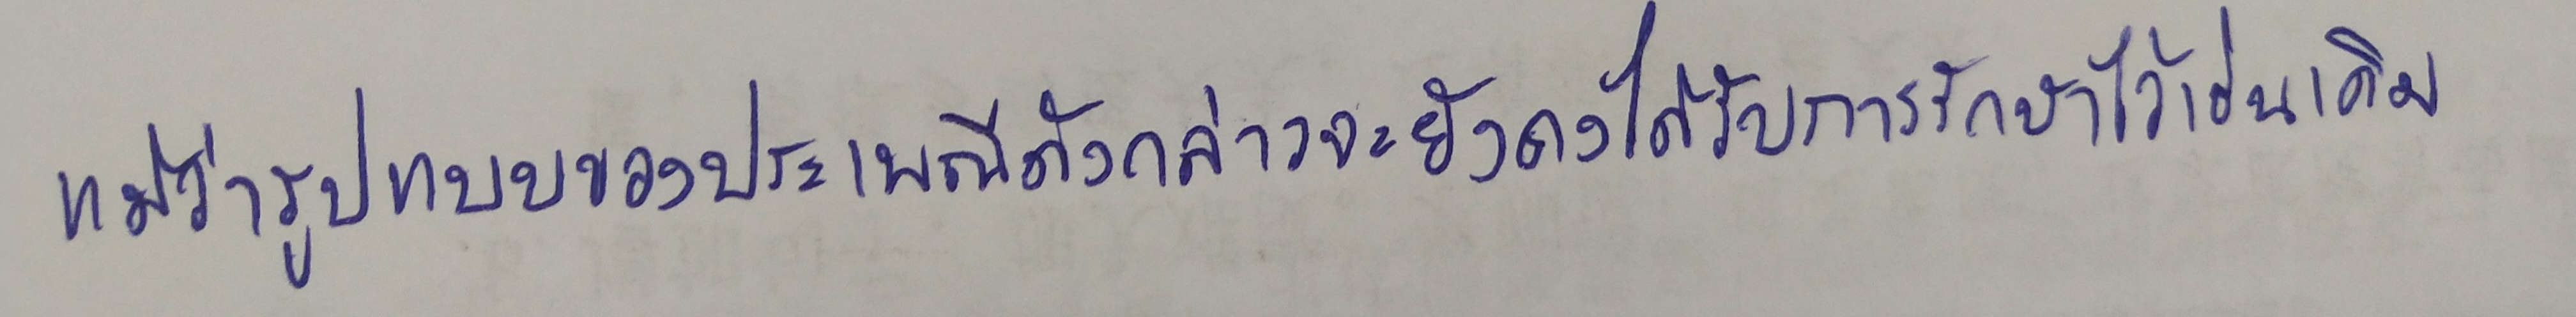
แม้ว่ารูปแบบของประเพณีดังกล่าวจะยังคงได้รับการรักษาไว้เช่นเดิม